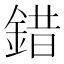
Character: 錯